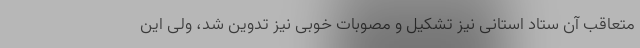
متعاقب آن ستاد استانی نیز تشکیل و مصوبات خوبی نیز تدوین شد، ولی این